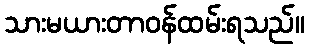
သားမယားတာဝန်ထမ်းရသည်။